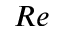
R e